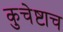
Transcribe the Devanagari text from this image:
कुचेष्टाच